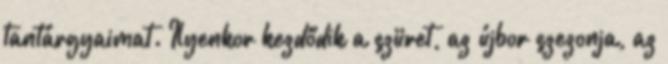
tantárgyaimat. Ilyenkor kezdődik a szüret, az újbor szezonja, az